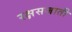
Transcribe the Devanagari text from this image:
रक्षसजाती